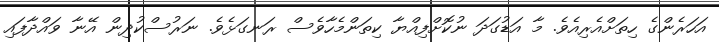
އަހަރެންގެ ހިތަށްއެރިއެވެ. މާ އަޑުގަދަ ނުކޮށްފިއްޔާ ކިތަންމެހާވެސް ރަނގަޅެވެ. ނަރުސްކުދިން އޭނާ ވައްދާފައި